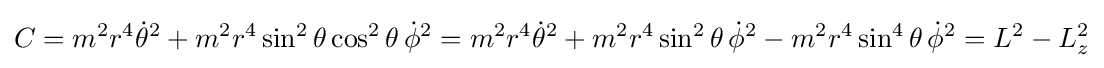
C=m^{2}r^{4}{\dot {\theta }}^{2}+m^{2}r^{4}\sin ^{2}\theta \cos ^{2}\theta \,{\dot {\phi }}^{2}=m^{2}r^{4}{\dot {\theta }}^{2}+m^{2}r^{4}\sin ^{2}\theta \,{\dot {\phi }}^{2}-m^{2}r^{4}\sin ^{4}\theta \,{\dot {\phi }}^{2}=L^{2}-L_{z}^{2}